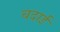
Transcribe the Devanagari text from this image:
चदाई